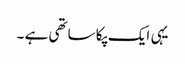
یہی ایک پکا ساتھی ہے ۔